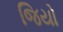
જિયો